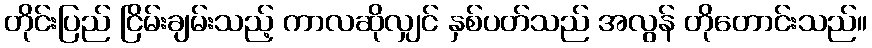
တိုင်းပြည် ငြိမ်းချမ်းသည့် ကာလဆိုလျှင် နှစ်ပတ်သည် အလွန် တိုတောင်းသည်။